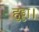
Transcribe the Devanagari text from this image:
हुड्डा।